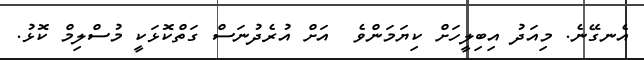
އެނގޭނެ. މިއަދު އިބިލީހަށް ކިޔަމަންވެ  އަށް އުރެދުނަސް ގަތްކޮޅަކީ މުސްލިމް ކޮޅު.